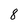
Character: 8